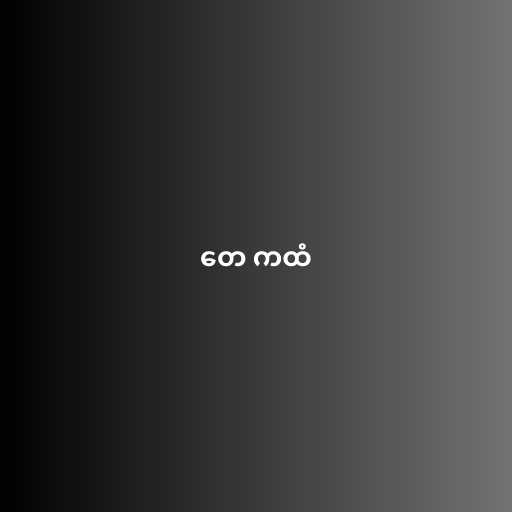
တေ ကထံ